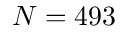
N = 4 9 3